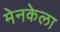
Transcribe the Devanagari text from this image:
मेनकेला